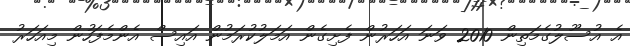
އެ އުސޫލުގެމަތިން 2010 ވަނަ އަހަރުން ފެށިގެން އަމަލުކުރަމުން އައިސް އެންމެފަހުން މިއަހަރު